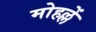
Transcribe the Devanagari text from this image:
मोहल्लें